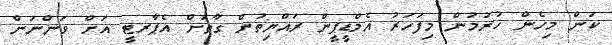
ކަން މިހެން ހުރުމުން މިފަހަރު އެމްޑީޕީން ރައްޔިތުން ގާތަށް އެޕާރޓީ އަށް ވަންނަން